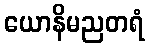
ယောနိမညတရံ